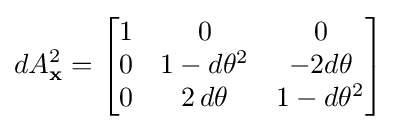
dA_{\mathbf {x} }^{2}={\begin{bmatrix}1&0&0\\0&1-d\theta ^{2}&-2d\theta \\0&2\,d\theta &1-d\theta ^{2}\end{bmatrix}}